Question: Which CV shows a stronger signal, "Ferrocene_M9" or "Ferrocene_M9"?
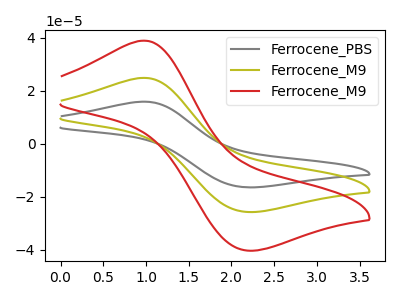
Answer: <think>The gray curve "Ferrocene_PBS" has an anodic peak at (1.00V, 49.70uA) and a cathodic peak at (2.20V, -51.55uA). The olive curve "Ferrocene_M9" has an anodic peak at (1.00V, 24.85uA) and a cathodic peak at (2.20V, -25.80uA). The red curve "Ferrocene_M9" has an anodic peak at (1.00V, 38.90uA) and a cathodic peak at (2.20V, -40.35uA).
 All the peaks in "Ferrocene_M9" have a peak in "Ferrocene_M9" at the same potential. Every peak in "Ferrocene_M9" is higher than every peak in "Ferrocene_M9".</think>
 <answer>"Ferrocene_M9" has more signal than "Ferrocene_M9".</answer>
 <eval>more_signal</eval>